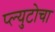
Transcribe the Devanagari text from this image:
प्ल्युटोचा